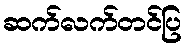
ဆက်လက်တင်ပြ